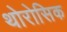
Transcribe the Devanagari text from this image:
थोरोसिक